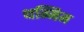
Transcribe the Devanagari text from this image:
थम्मिम